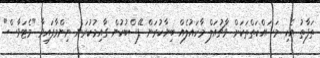
ތަފާތު އެކި މަސައްކަތްތަކަށް ވާޗުއަލް މާހައުލެއް ބިނާކުރަން ފޭސްބުކުން ގާއިމުކުރަން ނިންމާފައިވާ "މެޓަވާސް"